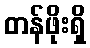
တန်ဖိုးရှိ